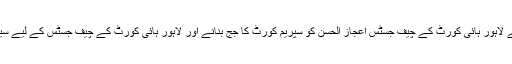
سپریم کورٹ میں جج کی ایک بقیہ اسامی کو پر کرنے کے لیے لاہور ہائی کورٹ کے چیف جسٹس اعجاز الحسن کو سپریم کورٹ کا جج بنانے اور لاہور ہائی کورٹ کے چیف جسٹس کے لیے سینئر جج جسٹس منصور علی شاہ کے نام کی سفارش کردی گئی۔